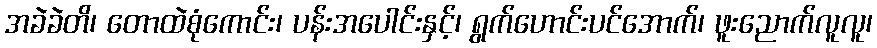
အခဲခဲတိ၊ တောထဲစုံကောင်း၊ ပန်းအပေါင်းနှင့်၊ ရွက်ဟောင်းပင်အောက်၊ ဖူးညောက်လူလူ၊